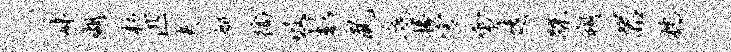
畔瑚杉匹夫妍徜吸彭鼠底掾宫雪远蹀朔器枕